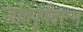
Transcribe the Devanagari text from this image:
जोशपूर्णवरून